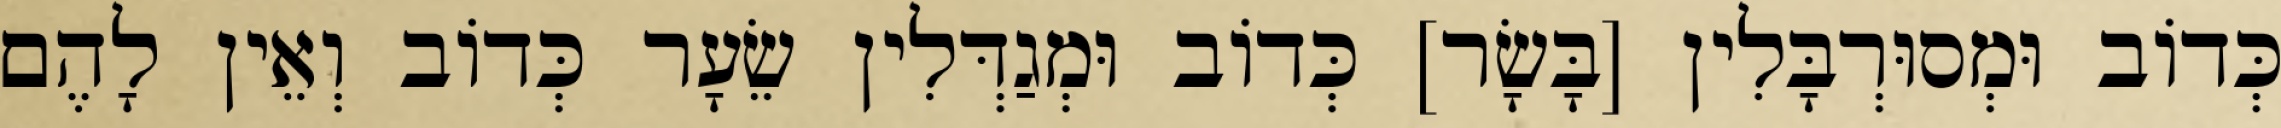
כְּדוֹב וּמְסוּרְבָּלִין [בָּשָׂר] כְּדוֹב וּמְגַדְּלִין שֵׂעָר כְּדוֹב וְאֵין לָהֶם